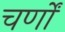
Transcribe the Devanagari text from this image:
चर्णों